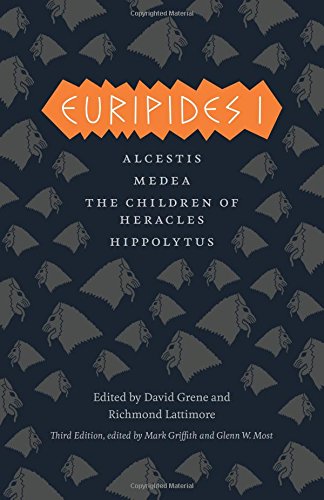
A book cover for Euripides I: Alcestis, Medea, The Children of Heracles, Hippolytus (The Complete Greek Tragedies); Euripides; Literature & Fiction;